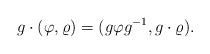
LaTeX: \begin{align*} g\cdot (\varphi,\varrho) = (g \varphi g^{-1},g \cdot \varrho).\end{align*}